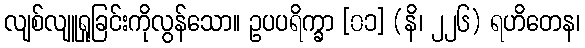
လျစ်လျူရှုခြင်းကိုလွန်သော။ ဥပပရိက္ခာ [၀၁] (နိ၊ ၂၂၆) ရဟိတေန၊